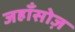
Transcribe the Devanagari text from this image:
जहाँसोज़